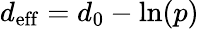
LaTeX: d_{\mathrm{eff}}=d_{0}-\ln(p)